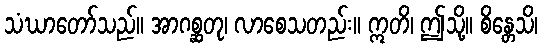
သံဃာတော်သည်။ အာဂစ္ဆတု၊ လာစေသတည်း။ ဣတိ၊ ဤသို့။ စိန္တေသိ၊